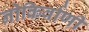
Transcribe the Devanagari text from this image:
नोकिर्वाणी